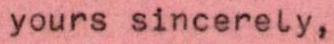
yours sincerely,